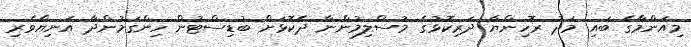
މިއަންމާގެ ބައި މަދު ރޮހިންޔާ ދަރިކޮޅުގެ މުސްލިމުންނާ ދެކޮޅަށް ބުޑިސްޓުން ހިންގަމުންދާ އަނިޔާވެރި